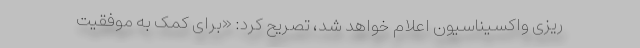
ریزی واکسیناسیون اعلام خواهد شد،‌ تصریح کرد: «برای کمک به موفقیت